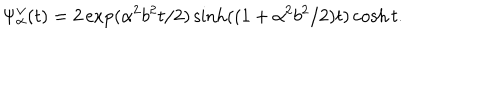
LaTeX: \Psi _ { \alpha } ^ { \vee } ( t ) = 2 \exp ( \alpha ^ { 2 } b ^ { 2 } t / 2 ) \sinh ( ( 1 + \alpha ^ { 2 } b ^ { 2 } / 2 ) t ) \cosh t .